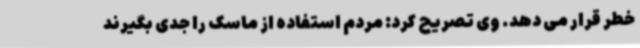
خطر قرار می دهد. وی تصریح کرد: مردم استفاده از ماسک را جدی بگیرند